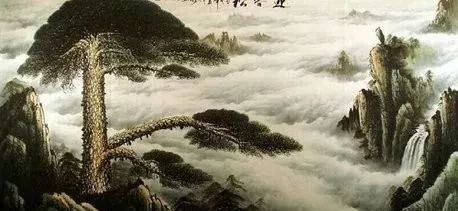
亭亭山上松，瑟瑟谷中风。